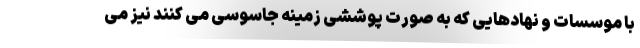
با موسسات و نهادهایی که به صورت پوششی زمینه جاسوسی می کنند نیز می